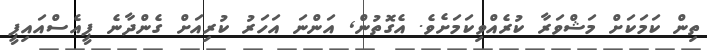
ތިން ކަމަކަށް މަޝްވަރާ ކުރެއްވިކަމަށެވެ. އެގޮތުން